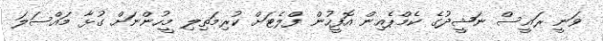
ވަނީ ރައީސް ނަޝީދުގެ ކެމްޕެއިން އޮފީހުން ފްލެޓަށް ކުރިމަތިލި މީހުންނަށް ގުޅާ މައްސަލަ